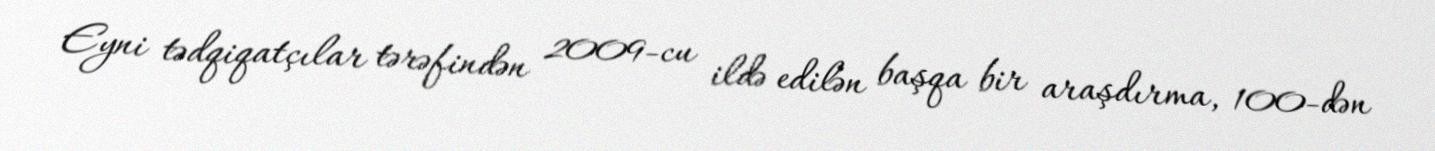
Eyni tədqiqatçılar tərəfindən 2009-cu ildə edilən başqa bir araşdırma, 100-dən